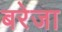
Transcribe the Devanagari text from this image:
बरेजा